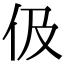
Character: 伋